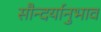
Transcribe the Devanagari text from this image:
सौन्दर्यानुभाव